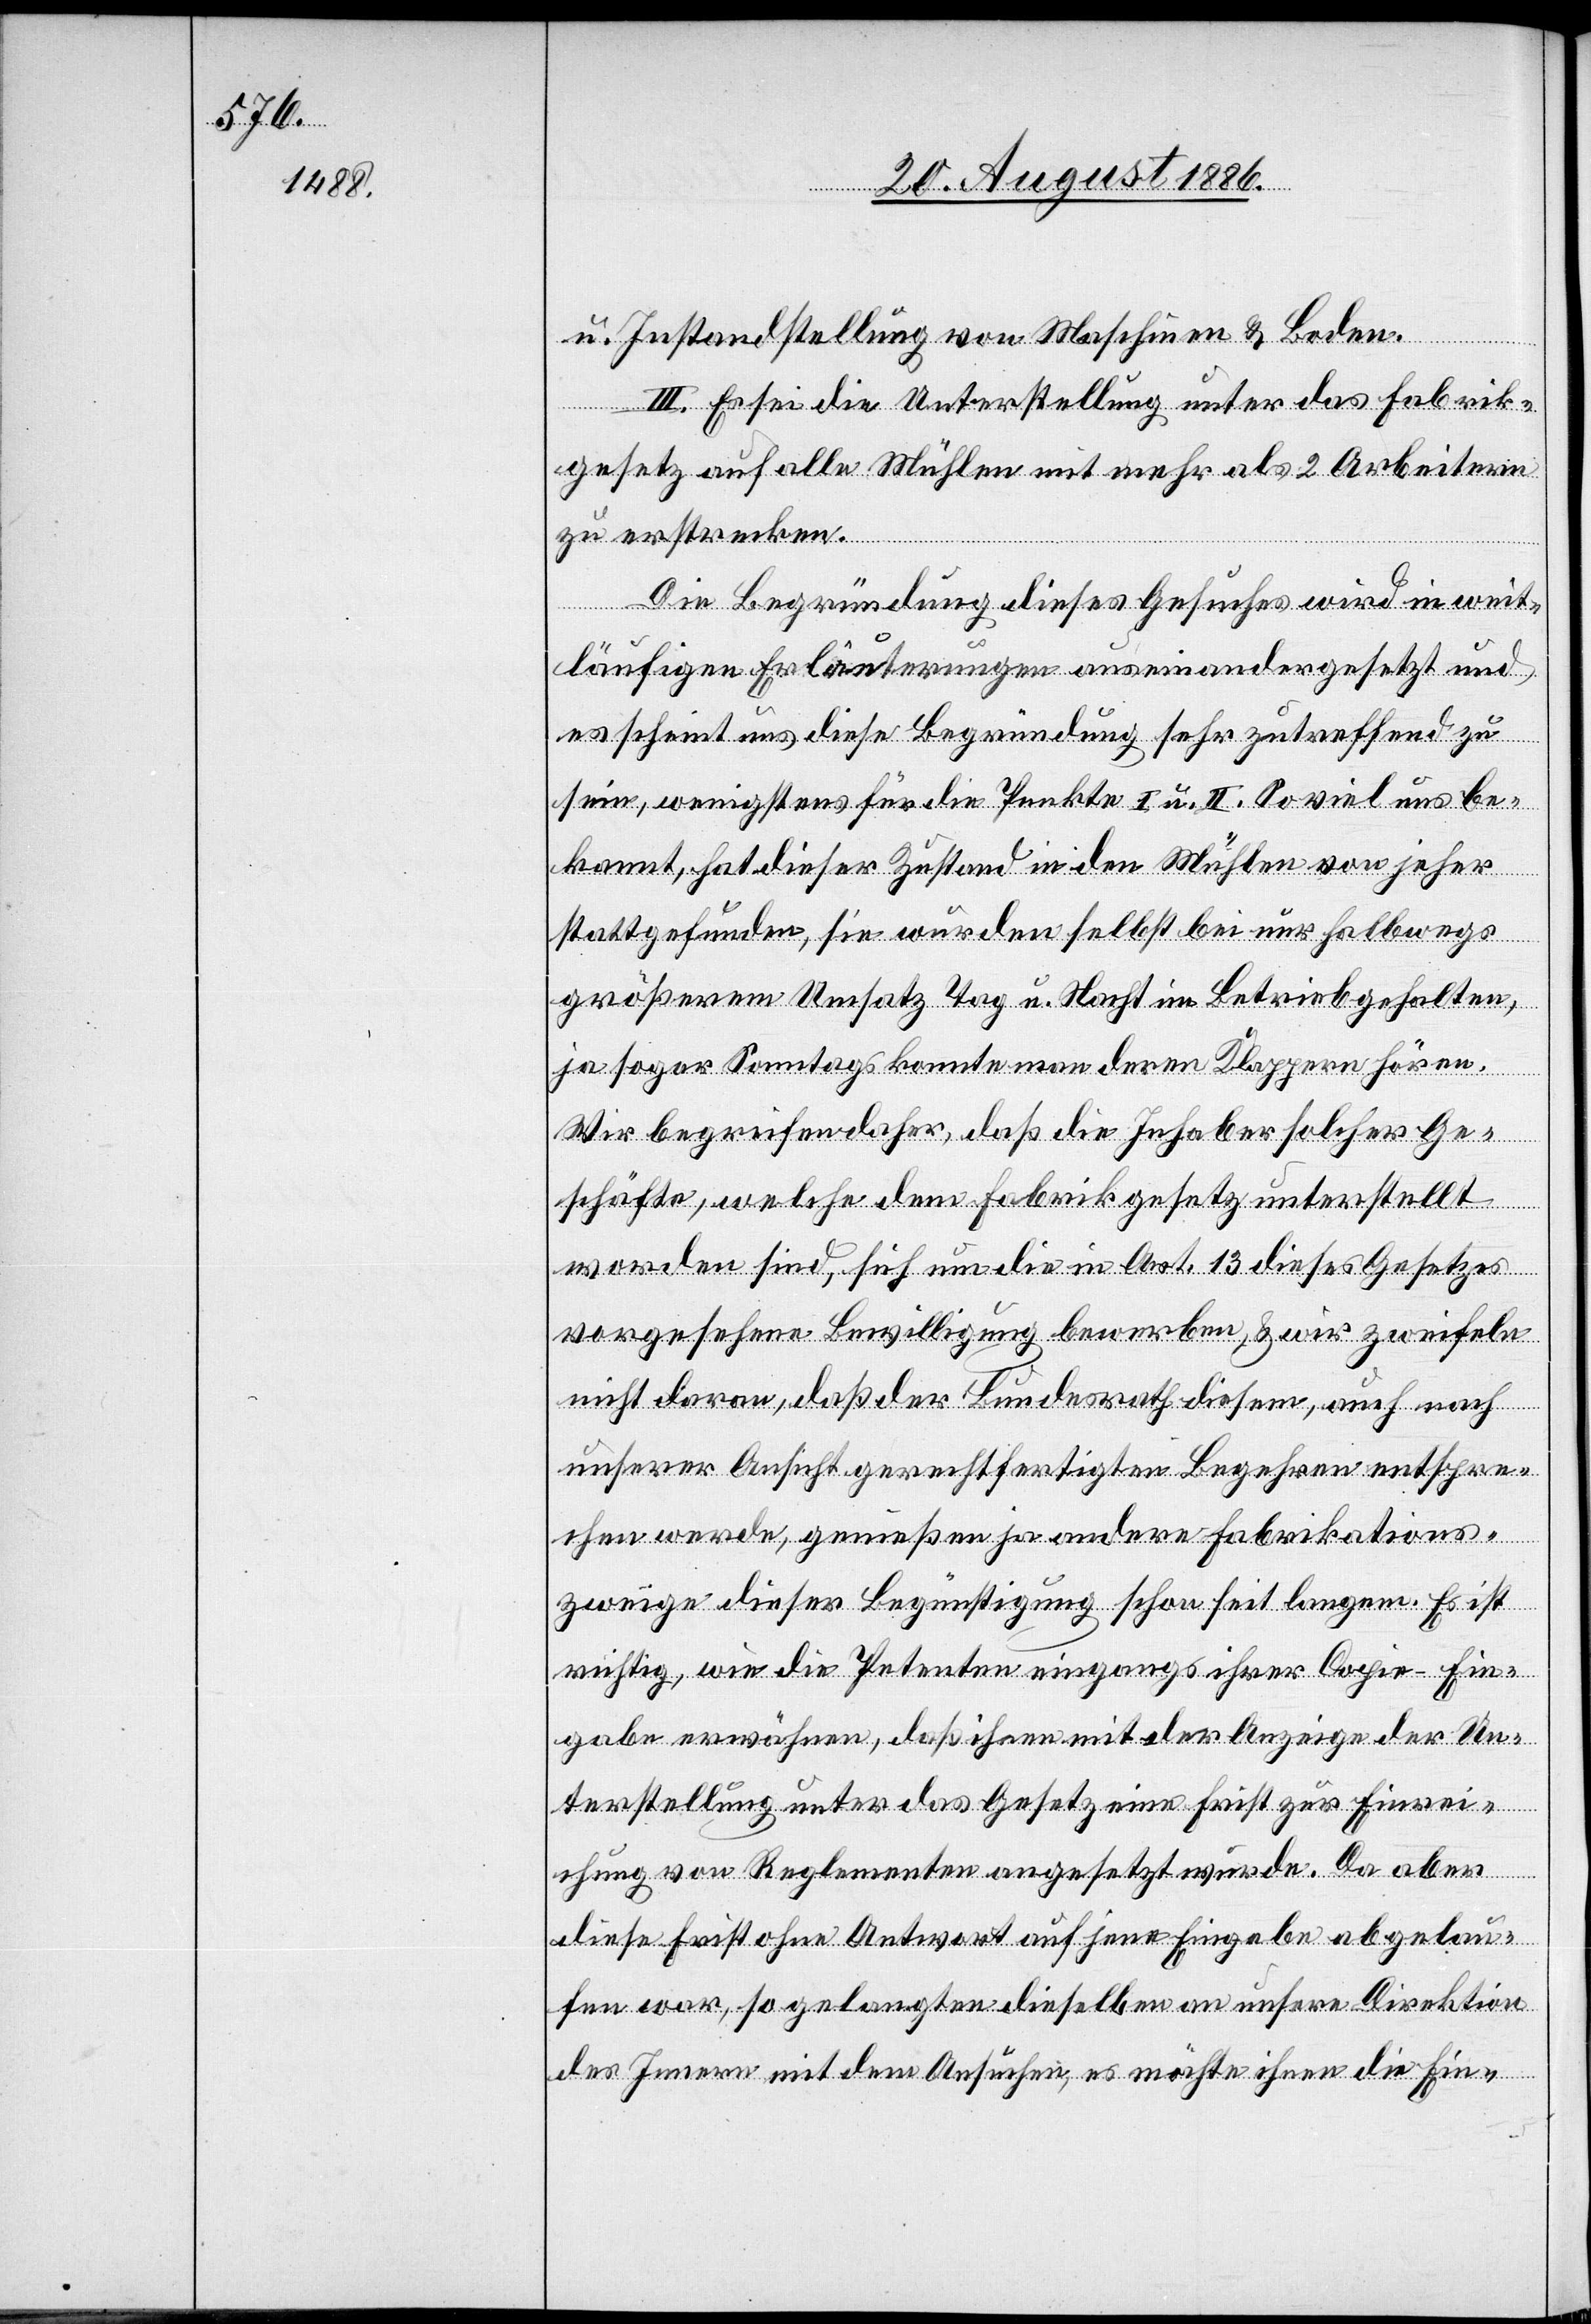
u. Instandstellung von Maschinen & Boden.
III. Es sei die Unterstellung unter das Fabrik¬
gesetz auf alle Mühlen mit mehr als 2 Arbeitern
zu erstrecken.
Die Begründung dieses Gesuches wird in weit¬
läufigen Erläuterungen auseinandergesetzt und
es scheint uns diese Begründung sehr zutreffend zu
sein, wenigstens für die Punkte I u. II. So viel uns be¬
kannt, hat dieser Zustand in den Mühlen von jeher
stattgefunden, sie wurden selbst bei nur halbwegs
größerem Umsatz Tag u. Nacht im Betrieb gehalten,
ja sogar Sonntags konnte man deren Klappern hören.
Wir begreifen daher, daß die Inhaber solcher Ge¬
schäfte, welche dem Fabrikgesetz unterstellt
worden sind, sich um die in Art. 13 dieses Gesetzes
vorgesehene Bewilligung bewerben, & wir zweifeln
nicht daran, daß der Bundesrath diesem, auch nach
unserer Ansicht gerechtfertigten Begehren entspre¬
chen werde, genießen ja andere Fabrikations¬
zweige dieser [sic!] Begünstigung schon seit langem. Es ist
richtig, wie die Petenten eingangs ihrer Copie-Ein¬
gabe erwähnen, daß ihnen mit der Anzeige der Un¬
terstellung unter das Gesetz eine Frist zur Einrei¬
chung von Reglementen angesetzt wurde. Da aber
diese Frist ohne Antwort auf jene Eingabe abgelau¬
fen war, so gelangten dieselben an unsere Direktion
des Innern mit dem Ansuchen, es möchte ihnen die Ein-